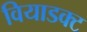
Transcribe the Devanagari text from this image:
वियाडक्ट